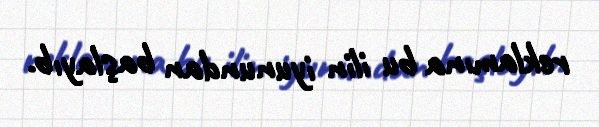
reklamına bu ilin iyunundan başlayıb.